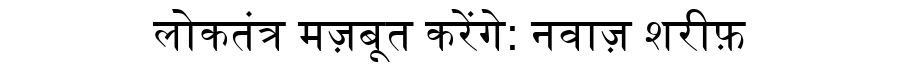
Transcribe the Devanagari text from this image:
लोकतंत्र मज़बूत करेंगे: नवाज़ शरीफ़